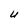
Character: U